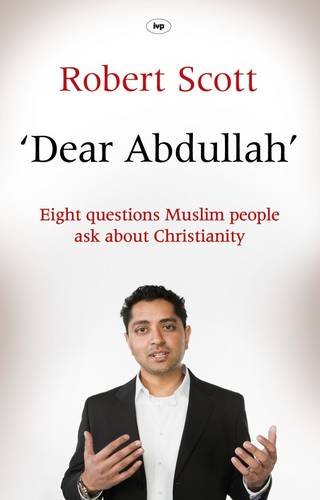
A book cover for Dear Abdullah: Eight Questions Muslim People Ask about Christianity; Robert Scott; Christian Books & Bibles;